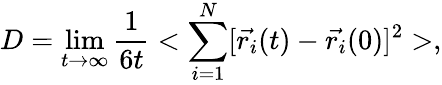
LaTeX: D=\operatorname*{lim}_{t\to\infty}\frac{1}{6t}<\sum_{i=1}^{N}[\vec{r_{i}}(t)-\vec{r_{i}}(0)]^{2}>,